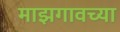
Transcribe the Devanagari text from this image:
माझगावच्या